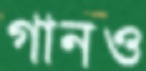
গানও